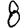
Digit: 8